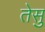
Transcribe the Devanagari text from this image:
तेसु